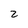
Character: 2